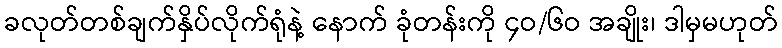
ခလုတ်တစ်ချက်နှိပ်လိုက်ရုံနဲ့ နောက် ခုံတန်းကို ၄ဝ/၆ဝ အချိုး၊ ဒါမှမဟုတ်